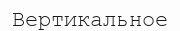
Вертикальное